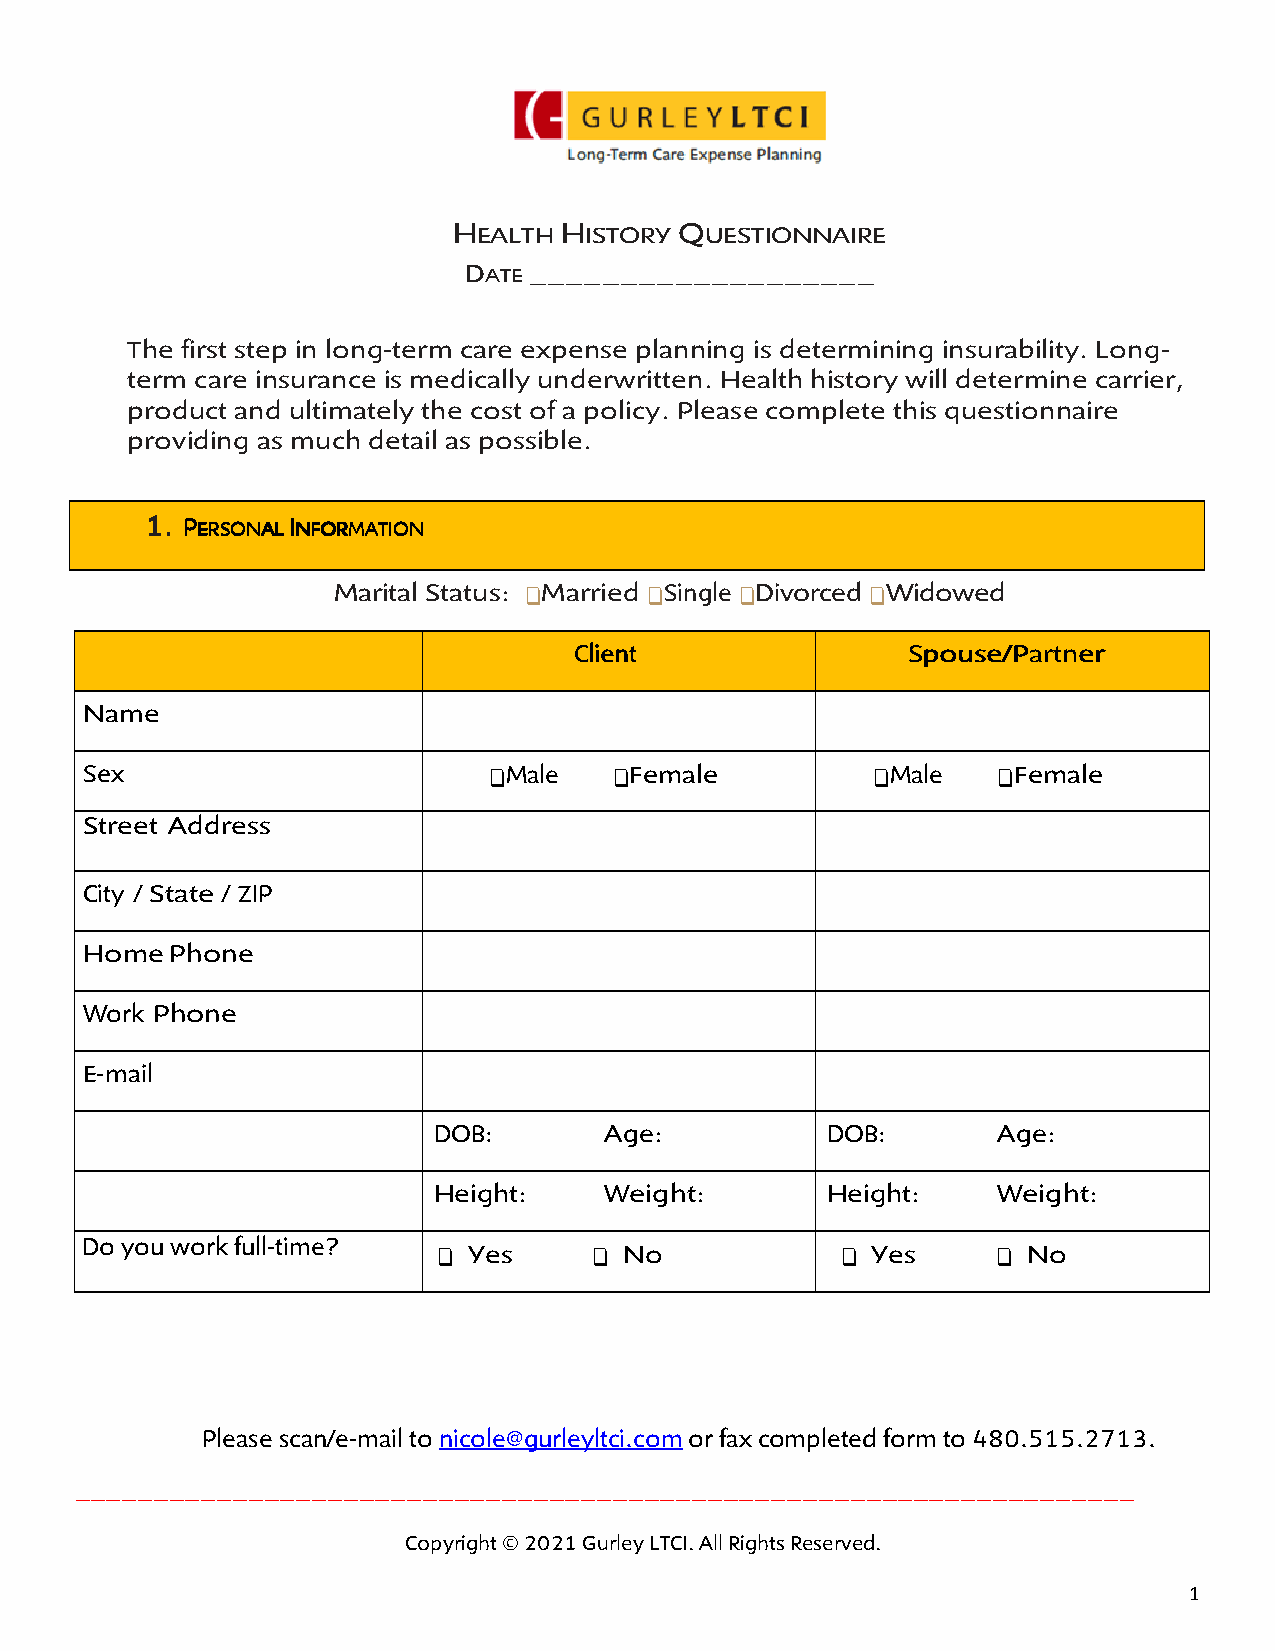
HEALTH HISTORY QUESTIONNAIRE
 DATE ___________________
 The first step in long-term care expense planning is determining insurability. Long-
 term care insurance is medically underwritten. Health history will determine carrier,
 product and ultimately the cost of a policy. Please complete this questionnaire
 providing as much detail as possible.
 1111.... PPPPEEEERRRRSSSSOOOONNNNAAAALLLL IIIINNNNFFFFOOOORRRRMMMMAAAATTTTIIIIOOOONNNN
 Marital Status: ❑ Married ❑ Single ❑ Divorced ❑ Widowed
 CCCClllliiiieeeennnntttt SSSSppppoooouuuusssseeee////PPPPaaaarrrrttttnnnneeeerrrr
 Name
 Sex                        ❑ Male   ❑ Female         ❑ Male  ❑ Female
 Street Address
 City / State / ZIP
 Home  Phone
 Work Phone
 E-mail
 DOB:       Age:           DOB:       Age:
 Height:    Weight:        Height:    Weight:
 Do you work full-time?  ❑ Yes     ❑ No             ❑ Yes     ❑ No
 ____________________Please scan/e-mail to nicole@gurleyltci.com or fax completed form to 480.515.2713.
 ___________________________________________________________________
 Copyright © 2021 Gurley LTCI. All Rights Reserved.
 1